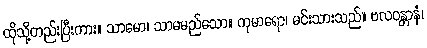
ထိုသို့တည်းပြီးကား။ သာမော၊ သာမမည်သော။ ကုမာရော၊ မင်းသားသည်။ ဗလဝန္တာနံ၊